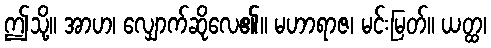
ဤသို့။ အာဟ၊ လျှောက်ဆိုလေ၏။ မဟာရာဇ၊ မင်းမြတ်။ ယတ္ထ၊